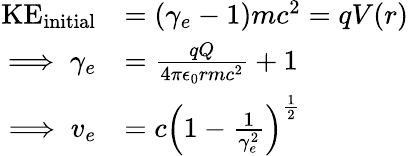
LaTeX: \begin{array}{rl}{\mathrm{KE}_{\mathrm{initial}}}&{=(\gamma_{e}-1)mc^{2}=qV(r)}\\ {\implies\gamma_{e}}&{=\frac{qQ}{4\pi\epsilon_{0}rmc^{2}}+1}\\ {\implies v_{e}}&{=c\left(1-\frac{1}{\gamma_{e}^{2}}\right)^{\frac{1}{2}}}\end{array}